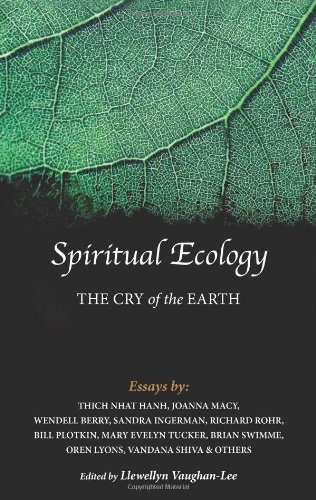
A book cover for Spiritual Ecology: The Cry of the Earth; Joanna Macy; Science & Math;